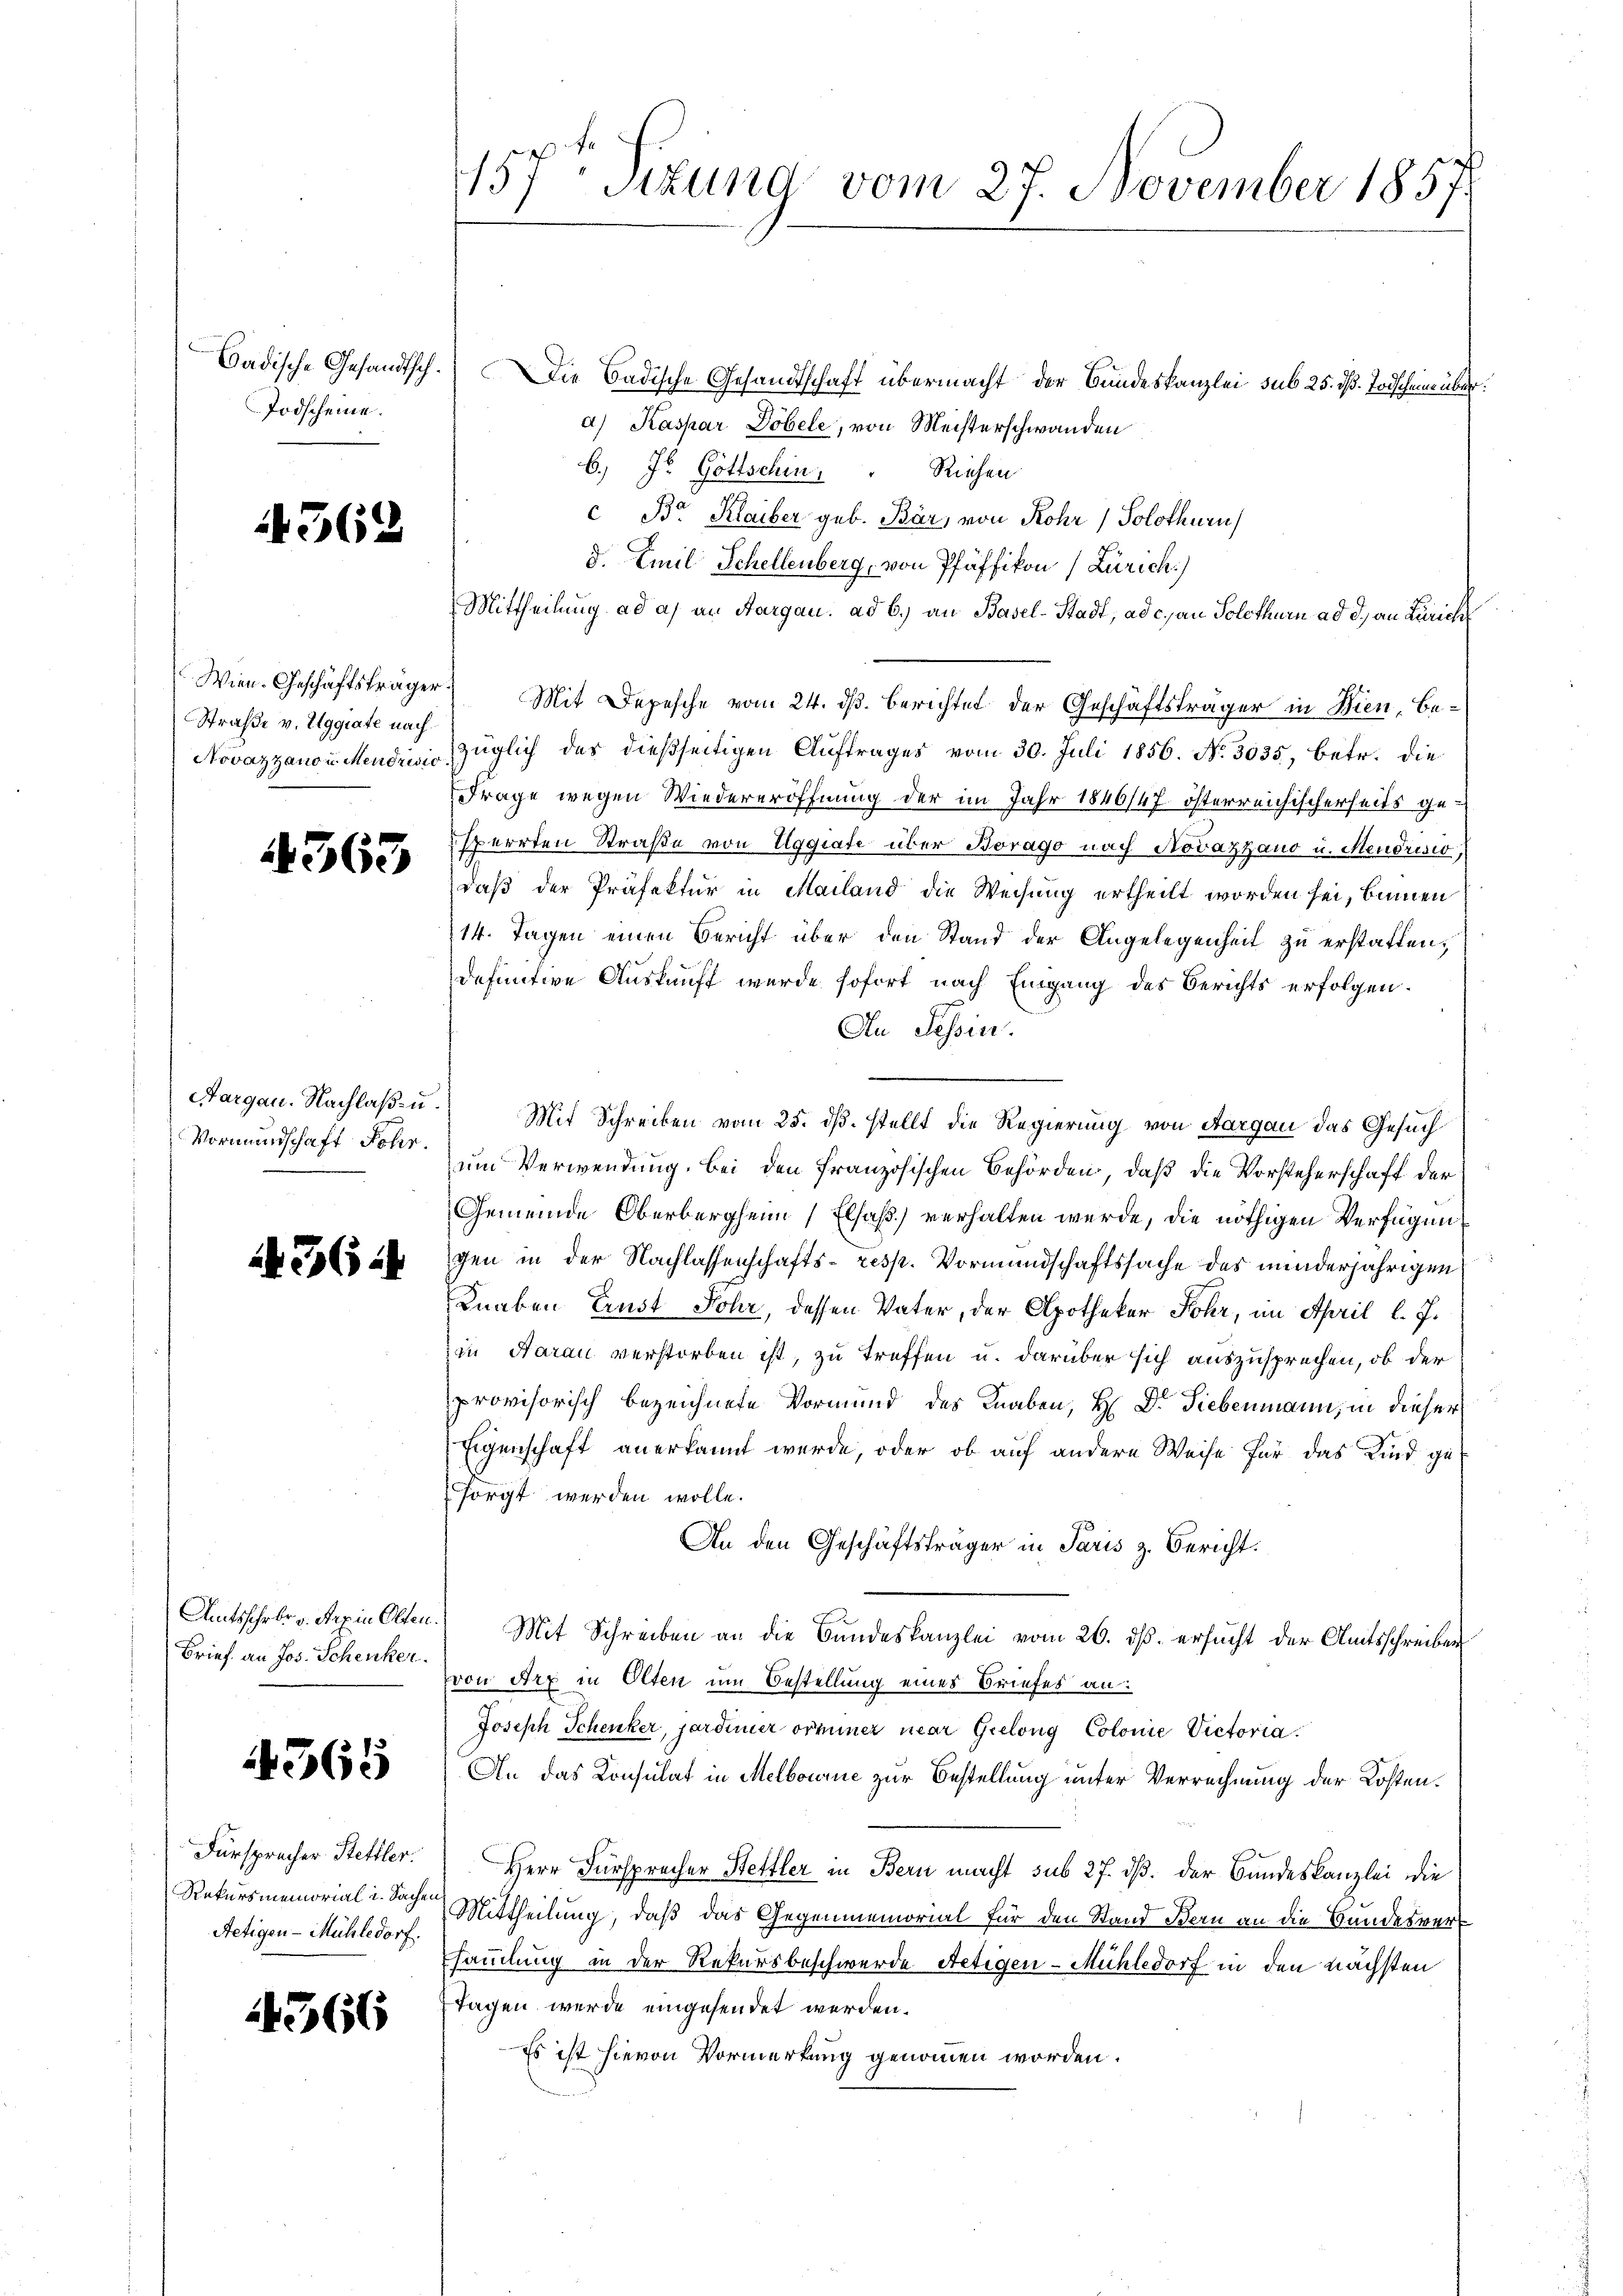
Todscheine.

4362

Straße v. Uggiate nach

4563

Vormundschaft Jahr.

436.

Amtsschrbr. v. Rap in Olten
Brief an Jos. Schenker.

365

Fürsprücher Stettler.
Rekursmemorial u. Sachen
Netigen-Mühledorf.

4366

157. Sizung vom 27. November 1857

Badische Gesandtsch. Die Badische Gesandtschaft übermacht der Bundeskanzlei sub 25. dß. Todscheine über.
a) Kaspar Göbele, von Meisterschwanden
6.) J. Gottschin. Riehen.
c Br. Klaiber geb. Bär, von Rohr Solothurn
d. Emil Schellenberg, von Pfäffikon (Zürich)
Mittheilung ad a) an Aargau, ad b.) an Basel-Stadt, ad c.) an Solothurn ad d) an Zürich
Wien. Geschäftsträger Mit Depesche vom 24. ds. berichtet der Geschäftsträger in Wien, Be¬
Novazzanon Mendrisiezüglich des dießseitigen Auftrages vom 30. Juli 1856. No. 3035, betr. die
Frage wegen Wiedereröffnung der im Jahr 1846/47 österreichischerheits gesperrten Straße von Eggiate über Borago nach Novazzauo u. Mendrisio
daß der Präfektur in Mailand die Weisung ertheilt worden sei, bannen
14. Tagen einen Bericht über den Stand der Angelegenheit zu erstatten;
definitive Auskunft wurde sofort nach Eingang des Berichts erfolgen.
An Tessin.
Aargau. Nachlaß u. Mit Schreiben vom 25. ds. stellt die Regierung von Aargau das Gesuch
um Verwendung, bei den französischen Behörden, daß die Vorsteherschaft der
Gemeinde Oberbergheim Elsaß) verhalten werde, die nöthigen Verfügungen in der Nachlassenschafts- resp. Vormundschaftssache des minderjährigen
Knaben Ernst Johr, dessen Vater, der Apothekar Sohr, im April l. J.
in Aarau verstorben ist, zu treffen u. darüber sich auszusprechen, ob der
provisorisch bezeichnete Vormund des Knaben, H. Dr. Siebenmann, in dieser
Eigenschaft anerkannt werde, oder ob auf andere Weise für das Kind gesorgt werden wolle.
An den Geschäftsträger in Paris z. Bericht.
) Mit Schreiben an die Bundeskanzlei vom 26. ds. ersucht der Amtsschreiben
von Art in Olten um Bestellung eines Briefes an:
Joseph Schenker, jardiner orminer mear Grelong Colonie Victoria.
An das Konsulat in Melbourne zur Bestellung unter Verrechnung der Kosten.
Herr Fürsprecher Hettler in Bern macht sub 27. ds. der Bundeskanzlei die
Mittheilung, daß das Gegenmemorial für den Stand Bern an die Bundesvers
sammlung in der Rekursbeschwerde Aetigen-Mühledorf in den nächsten
Tagen werde eingesendet werden.
Es ist hievon Vormerkung genommen worden.